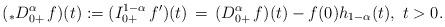
LaTeX: \begin{align*}( _*D^\alpha_{0+}\, f)(t) := (I^{1-\alpha}_{0+}\, f^\prime)(t) \, = \, (D^\alpha_{0+}\, f)(t) - f(0)h_{1-\alpha}(t),\ t>0.\end{align*}